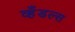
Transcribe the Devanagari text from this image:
व्हँडल्स